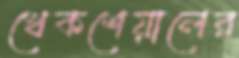
খেকশেয়ালের